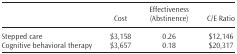
|  | Cost | Effectiveness (Abstinence) | C/E Ratio |
 | --- | --- | --- | --- |
 | Stepped care | $3,158 | 0.26 | $12,146 |
 | Cognitive behavioral therapy | $3,657 | 0.18 | $20,317 |